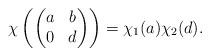
LaTeX: \begin{align*}\chi\left( \left(\begin{matrix} a& b \\ 0 &d\end{matrix} \right)\right) = \chi_1(a)\chi_2(d). \end{align*}